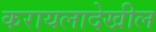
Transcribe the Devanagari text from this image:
करायलादेखील